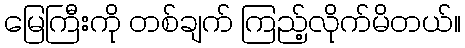
မြေကြီးကို တစ်ချက် ကြည့်လိုက်မိတယ်။